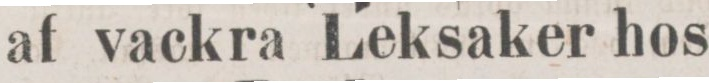
af vackra Leksaker hos